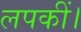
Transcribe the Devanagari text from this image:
लपकीं।